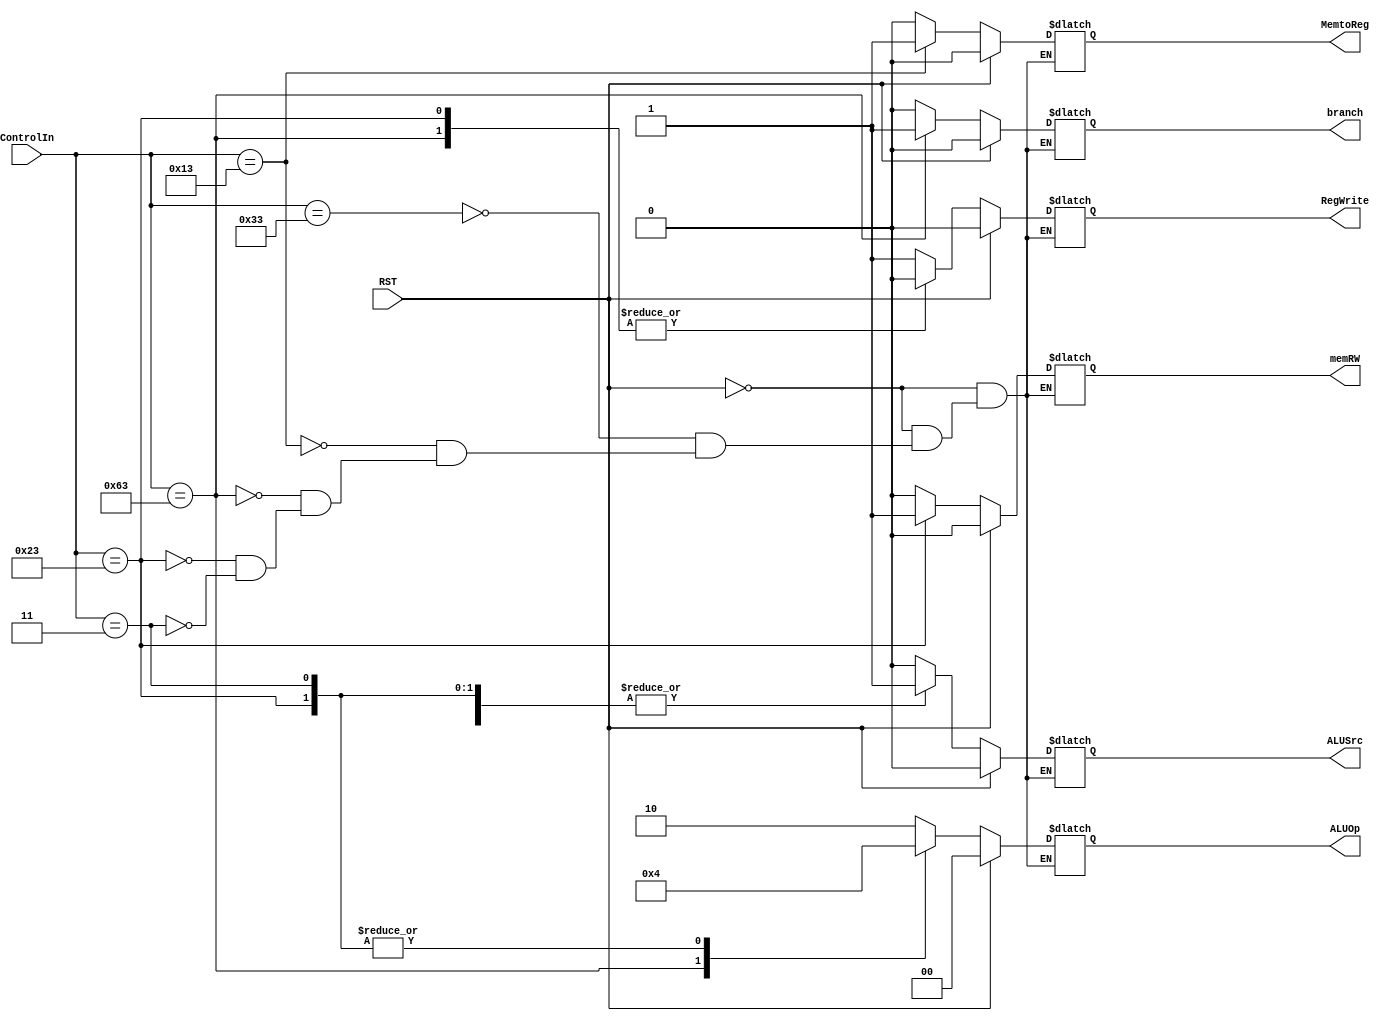
module Control(ControlIn, branch, memRW, MemtoReg, ALUOp, ALUSrc, RegWrite, RST);


input [6:0] ControlIn;
input RST;
output reg branch;
output reg memRW;
output reg MemtoReg;
output reg [1:0] ALUOp;
output reg ALUSrc;
output reg RegWrite;

always @(*) begin
    if(RST) begin
        branch = 0;
        memRW = 0;
        MemtoReg = 0;
        ALUOp = 0;
        ALUSrc = 0;
        RegWrite = 0;
    end
    else
    case(ControlIn)
    7'b0110011: begin // R-Type
        ALUOp = 2'b10;  
        ALUSrc = 0;
        branch = 0;
        RegWrite = 1;
        memRW = 0;
        MemtoReg = 0;
        // $display("ControlIn: %b, R-Type", ControlIn);
        
        end
    7'b0010011: begin // I-type
        ALUOp = 2'b10; 
        ALUSrc = 1;
        branch = 0;
        RegWrite = 1;
        memRW = 0;
        MemtoReg = 1;
        // $display("ControlIn: %b, I-Type", ControlIn);
        
        end
    7'b1100011: begin // B-type
        ALUOp = 2'b01; 
        ALUSrc = 0;
        branch = 1;
        RegWrite = 0;
        memRW = 0;
        MemtoReg = 0;
        // $display("ControlIn: %b, B-Type", ControlIn);
        
        end
    7'b0100011: begin // SW-type
        ALUOp = 2'b00; 
        ALUSrc = 1;
        branch = 0;
        RegWrite = 0;
        memRW = 1;
        MemtoReg = 0;
        // $display("ControlIn: %b memRW: %b, SW-Type", ControlIn, memRW);
        
        end
    7'b0000011: begin // LW-type
        ALUOp = 2'b00; 
        ALUSrc = 1;
        branch = 0;
        RegWrite = 1;
        memRW = 0;
        MemtoReg = 0;
        $display("ControlIn: %b, RegWrite: %b, LW-Type", ControlIn, RegWrite);
        
        end



    endcase


end

endmodule